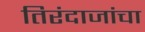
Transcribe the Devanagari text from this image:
तिरंदाजांचा